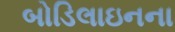
બોડિલાઇનના